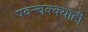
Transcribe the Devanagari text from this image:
पवन्चक्क्याही